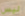
ليس